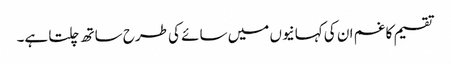
تقسیم کا غم ان کی کہانیوں میں سائے کی طرح ساتھ چلتا ہے۔